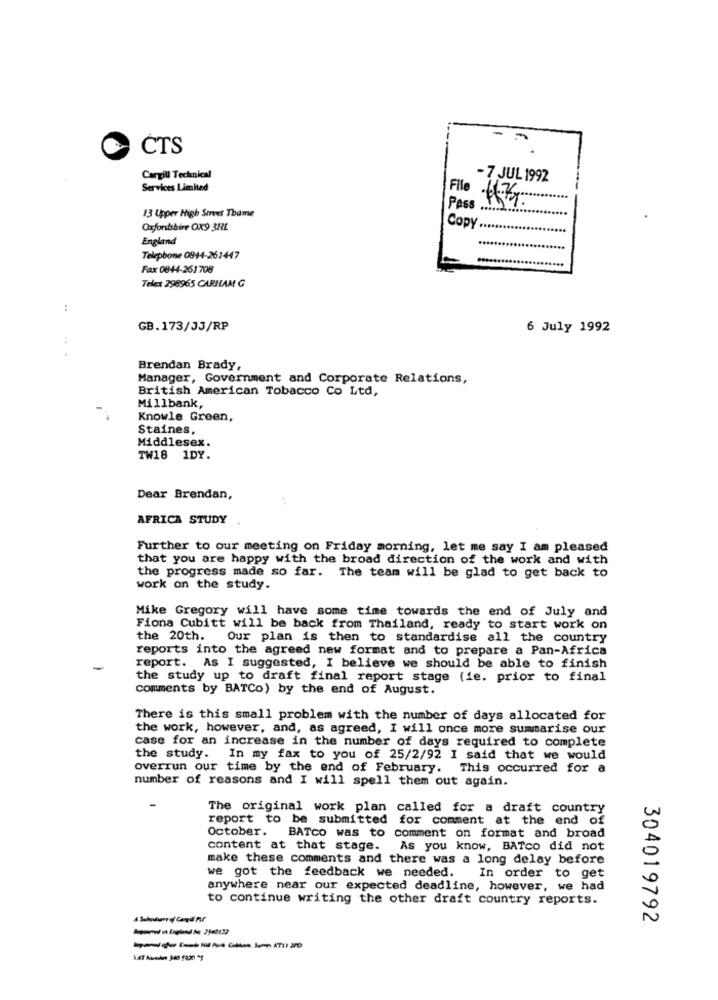
CTS
Cargill Technical
- 7 JUL 1992
Services Limited
File
13 Upper High Street Thame
Pess
Oxforitsbire OX9 3HL
Copy
England
Telephone 0844-261447
Fax 0844-261 708
Telex 296965 CARHAM G
:
GB.173/33/RP
6 July 1992
Brendan Brady,
Manager, Government and Corporate Relations,
British American Tobacco Co Ltd,
Millbank,
Knowle Green,
Staines,
Middlesex.
TW18 1DY.
Dear Brendan,
AFRICA STUDY
Further to our meeting on Friday morning, let me say I am pleased
that you are happy with the broad direction of the work and with
the progress made so far. The team will be glad to get back to
work on the study.
Mike Gregory will have some time towards the end of July and
Fiona Cubitt will be back from Thailand, ready to start work on
the 20th.
Our plan is then to standardise all the country
reports into the agreed new format and to prepare a Pan-Africa
report. As I suggested, I believe we should be able to finish
the study up to draft final report stage (ie. prior to final
comments by BATCo) by the end of August.
There is this small problem with the number of days allocated for
the work, however, and, as agreed, I will once more summarise our
case for an increase in the number of days required to complete
the study. In my fax to you of 25/2/92 I said that we would
overrun our time by the end of February. This occurred for a
number of reasons and I will spell them out again.
The original work plan called for a draft country
report to be submitted for comment at the end of
October. BATco was to comment on format and broad
content at that stage.
As you know, BATco did not
make these comments and there was a long delay before
we got the feedback we needed. In order to get
anywhere near our expected deadline, however, we had
to continue writing the other draft country reports.
304019792